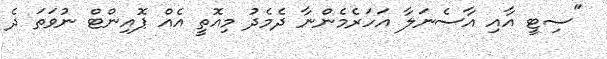
"ސިޓީ އާއި އާސެނަލާ އަހަރެމެންނާ ދެމެދު މިއޮތީ އެއް ޕޮއިންޓް ނުވަތަ ދެ